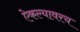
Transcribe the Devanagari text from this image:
ऐकल्यावरच